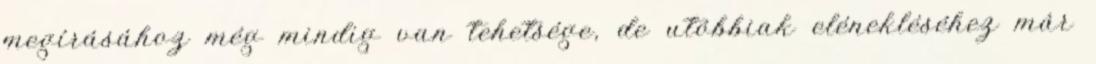
megírásához még mindig van tehetsége, de utóbbiak elénekléséhez már